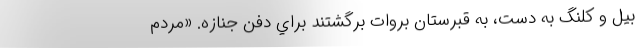
بيل و كلنگ به دست، به قبرستان بروات برگشتند براي دفن جنازه. «مردم